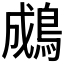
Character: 𪁋